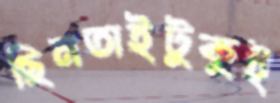
ছিনতাইটুকুই